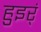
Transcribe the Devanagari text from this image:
हुइर्ं